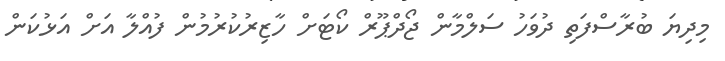
މިދިޔަ ބުރާސްފަތި ދުވަހު ސަލްމާން ޖޯދްޕޫރް ކޯޓަށް ހާޒިރުކުރުމުން ފުއްލާ އަށް އަޅުކަން